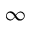
\infty